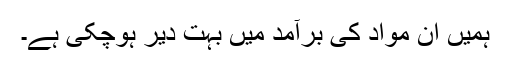
ہمیں ان مواد کی برآمد میں بہت دیر ہوچکی ہے۔